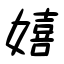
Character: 嬉